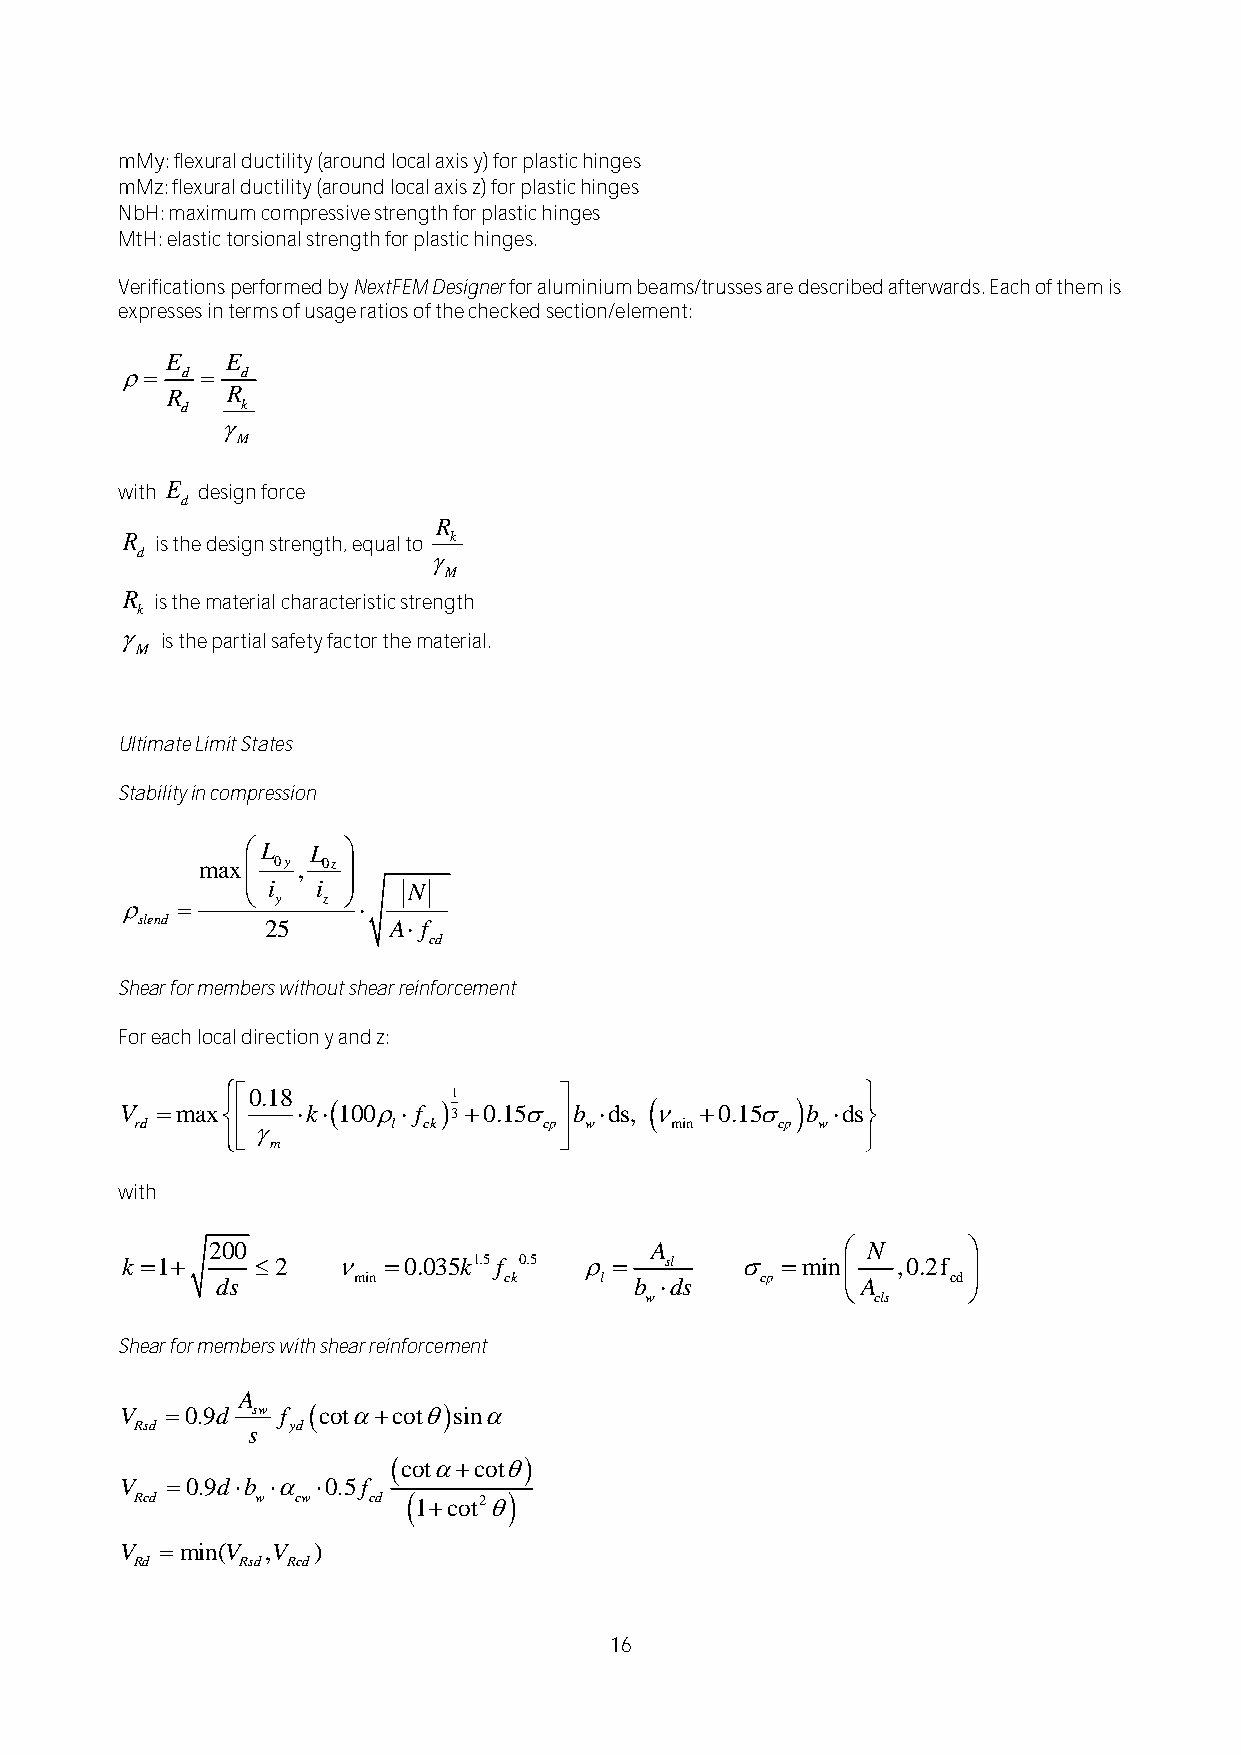
mMy: flexural ductility (around local axis y) for plastic hinges
 mMz: flexural ductility (around local axis z) for plastic hinges
 NbH: maximum compressive strength for plastic hinges
 MtH: elastic torsional strength for plastic hinges.
 Verifications performed by NextFEM Designer for aluminium beams/trusses are described afterwards. Each of them is
 expresses in terms of usage ratios of the checked section/element:
 
 
 with E design force
 d
 is the design strength, equal to
 
 is the material characteristic strength
   is the partial safety factor the material.
 Ultimate Limit States
 Stability in compression
 
 Shear for members without shear reinforcement
 For each local direction y and z:
                       
 
 with
 200                          A             N     
 k 1    2     0.035k1.5f 0.5   sl    min  ,0.2f 
 ds       min       ck     l b ds   cp     A     cd
        
 w              cls
 Shear for members with shear reinforcement
 A
 V  0.9d sw f cotcotsin
 Rsd    s  yd
 cotcot
 V  0.9db  0.5f
 Rcd     w  cw  cd  1cot2
 V  min(V ,V )
 Rd     Rsd Rcd
 16
 R
 R
 V
 
 d
 k
 M
 sle
 rd
 E
 R
 n d
 
 d
 d
 
 m
 
 m
 a x
 E
 R
 a x
 
 d
 k
 M
 
  0
 L
 0 y
 i
 y
 2 5
 .1 8
 m
 ,
 
 L
 k
 0i
 z
 
 z
  1
 
 0
 
 0
 A
 l
 N
 
 
 R
 k
 M
 f
 c d
 1f
 3c
 k
  0 .1 5
 c p
 
 b
 w
  d s , 
 m in
  0 .1 5
 c p
  b
 w
  d s
 